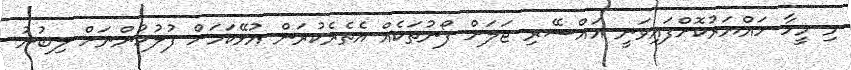
މި މީހާ ހައްޔަރުކޮށްފައިވަނީ އައްސޭރި ޖަލަށް ފޯނުތަކެއް އެތެރެކުރަން އުޅޭކަމަށް ފުލުހުންނަށް ލިބުނު